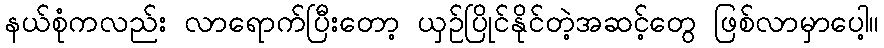
နယ်စုံကလည်း လာရောက်ပြီးတော့ ယှဉ်ပြိုင်နိုင်တဲ့အဆင့်တွေ ဖြစ်လာမှာပေါ့။